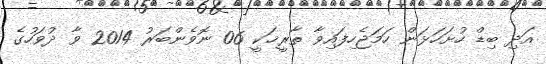
އަދި ބިޑް ހުށަހަޅަން ހަމަޖެހިފައިވާ ތާރީޚަކީ 06 ނޮވެންބަރު 2014 ވާ ދުވަހުގެ